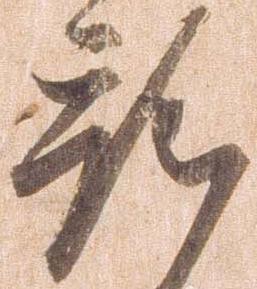
預